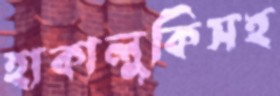
হাকালুকিসহ